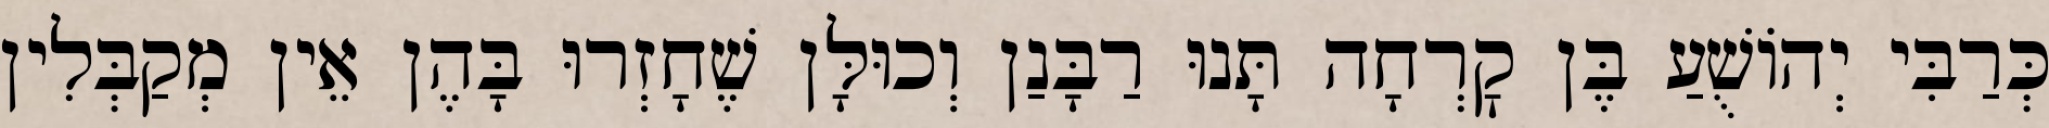
כְּרַבִּי יְהוֹשֻׁעַ בֶּן קׇרְחָה תָּנוּ רַבָּנַן וְכוּלָּן שֶׁחָזְרוּ בָּהֶן אֵין מְקַבְּלִין